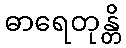
ဓာရေတုန္တိ